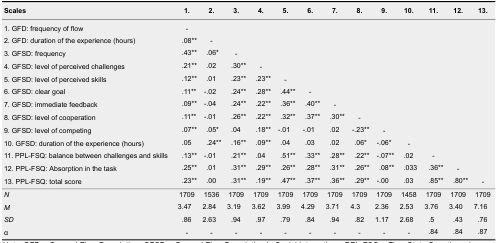
<table><thead><tr><td><b>Scales</b></td><td><b>1.</b></td><td><b>2.</b></td><td><b>3.</b></td><td><b>4.</b></td><td><b>5.</b></td><td><b>6.</b></td><td><b>7.</b></td><td><b>8.</b></td><td><b>9.</b></td><td><b>10.</b></td><td><b>11.</b></td><td><b>12.</b></td><td><b>13.</b></td></tr></thead><tbody><tr><td>1. GFD: frequency of flow</td><td>-</td><td></td><td></td><td></td><td></td><td></td><td></td><td></td><td></td><td></td><td></td><td></td><td></td></tr><tr><td>2. GFD: duration of the experience (hours)</td><td>.08**</td><td>-</td><td></td><td></td><td></td><td></td><td></td><td></td><td></td><td></td><td></td><td></td><td></td></tr><tr><td>3. GFSD: frequency</td><td>.43**</td><td>.06*</td><td>-</td><td></td><td></td><td></td><td></td><td></td><td></td><td></td><td></td><td></td><td></td></tr><tr><td>4. GFSD: level of perceived challenges</td><td>.21**</td><td>.02</td><td>.30**</td><td>-</td><td></td><td></td><td></td><td></td><td></td><td></td><td></td><td></td><td></td></tr><tr><td>5. GFSD: level of perceived skills</td><td>.12**</td><td>.01</td><td>.23**</td><td>.23**</td><td>-</td><td></td><td></td><td></td><td></td><td></td><td></td><td></td><td></td></tr><tr><td>6. GFSD: clear goal</td><td>.11**</td><td>-.02</td><td>.24**</td><td>.28**</td><td>.44**</td><td>-</td><td></td><td></td><td></td><td></td><td></td><td></td><td></td></tr><tr><td>7. GFSD: immediate feedback</td><td>.09**</td><td>-.04</td><td>.24**</td><td>.22**</td><td>.36**</td><td>.40**</td><td>-</td><td></td><td></td><td></td><td></td><td></td><td></td></tr><tr><td>8. GFSD: level of cooperation</td><td>.11**</td><td>-.01</td><td>.26**</td><td>.22**</td><td>.32**</td><td>.37**</td><td>.30**</td><td>-</td><td></td><td></td><td></td><td></td><td></td></tr><tr><td>9. GFSD: level of competing</td><td>.07**</td><td>.05*</td><td>.04</td><td>.18**</td><td>-.01</td><td>-.01</td><td>.02</td><td>-.23**</td><td>-</td><td></td><td></td><td></td><td></td></tr><tr><td>10. GFSD: duration of the experience (hours)</td><td>.05</td><td>.24**</td><td>.16**</td><td>.09**</td><td>.04</td><td>.03</td><td>.02</td><td>.06*</td><td>-.06*</td><td>-</td><td></td><td></td><td></td></tr><tr><td>11. PPL-FSQ: balance between challenges and skills</td><td>.13**</td><td>-.01</td><td>.21**</td><td>.04</td><td>.51**</td><td>.33**</td><td>.28**</td><td>.22**</td><td>-.07**</td><td>.02</td><td>-</td><td></td><td></td></tr><tr><td>12. PPL-FSQ: Absorption in the task</td><td>.25**</td><td>.01</td><td>.31**</td><td>.29**</td><td>.26**</td><td>.28**</td><td>.31**</td><td>.26**</td><td>.08**</td><td>.033</td><td>.36**</td><td>-</td><td></td></tr><tr><td>13. PPL-FSQ: total score</td><td>.23**</td><td>.00</td><td>.31**</td><td>.19**</td><td>.47**</td><td>.37**</td><td>.36**</td><td>.29**</td><td>-.00</td><td>.03</td><td>.85**</td><td>.80**</td><td>-</td></tr><tr><td><i>N</i></td><td>1709</td><td>1536</td><td>1709</td><td>1709</td><td>1709</td><td>1709</td><td>1709</td><td>1709</td><td>1709</td><td>1458</td><td>1709</td><td>1709</td><td>1709</td></tr><tr><td><i>M</i></td><td>3.47</td><td>2.84</td><td>3.19</td><td>3.62</td><td>3.99</td><td>4.29</td><td>3.71</td><td>4.3</td><td>2.36</td><td>2.53</td><td>3.76</td><td>3.40</td><td>7.16</td></tr><tr><td><i>SD</i></td><td>.86</td><td>2.63</td><td>.94</td><td>.97</td><td>.79</td><td>.84</td><td>.94</td><td>.82</td><td>1.17</td><td>2.68</td><td>.5</td><td>.43</td><td>.76</td></tr><tr><td>α</td><td>-</td><td>-</td><td>-</td><td>-</td><td>-</td><td>-</td><td>-</td><td>-</td><td>-</td><td>-</td><td>.84</td><td>.84</td><td>.87</td></tr></tbody></table>